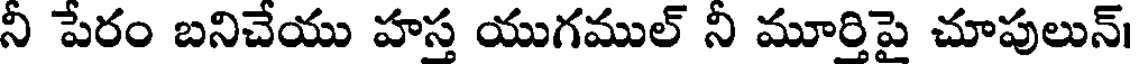
నీ పేరం బనిచేయు హస్త యుగముల్ నీ మూర్తిపై చూపులున్